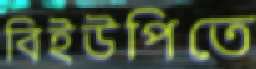
বিইউপিতে